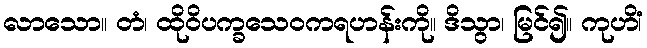
လာသော။ တံ၊ ထိုဝိပက္ခသေဝကရဟန်းကို။ ဒိသွာ၊ မြင်၍။ ကုဟိံ၊